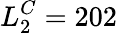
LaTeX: L_{2}^{C}=202